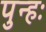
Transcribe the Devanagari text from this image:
पुन्हः